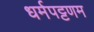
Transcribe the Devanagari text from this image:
धर्मपट्टणम